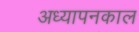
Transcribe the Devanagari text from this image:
अध्यापनकाल